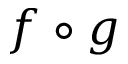
f \circ g